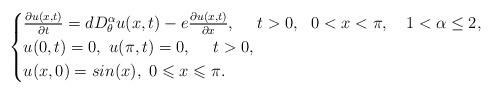
LaTeX: \begin{align*}\begin{cases}\frac{\partial u(x,t)}{\partial t}=dD^{\alpha}_{\theta}u(x,t)-e\frac{\partial u(x,t)}{\partial x}, \ \ \ \ t>0, \ \ 0< x <\pi,\ \ \ 1< \alpha \leq2,\\u(0,t)=0, \ u(\pi,t)=0 , \ \ \ \ t>0,\\u(x,0)=sin(x), \ 0\leqslant x \leqslant \pi.\end{cases}\end{align*}